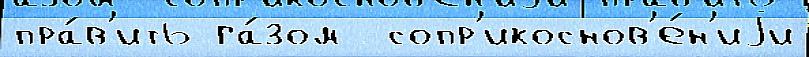
пра́в'ить га́зом  сопр'икоснов'е́н'иjи